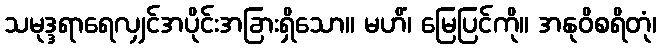
သမုဒ္ဒရာရေလျှင်အပိုင်းအခြားရှိသော။ မဟိံ၊ မြေပြင်ကို။ အနုဝိစရိတုံ၊